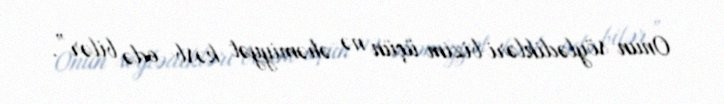
Onun söylədikləri bizim üçün nə əhəmiyyət kəsb edə bilər”.